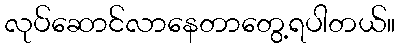
လုပ်ဆောင်လာနေတာတွေ့ရပါတယ်။